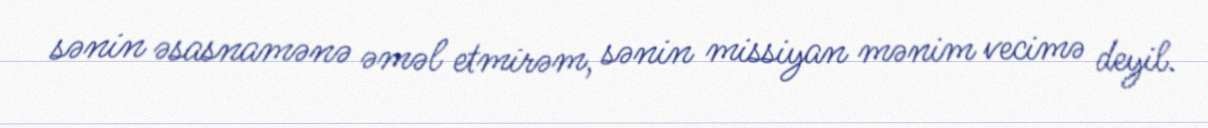
sənin əsasnamənə əməl etmirəm, sənin missiyan mənim vecimə deyil.